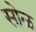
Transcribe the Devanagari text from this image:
सोळ